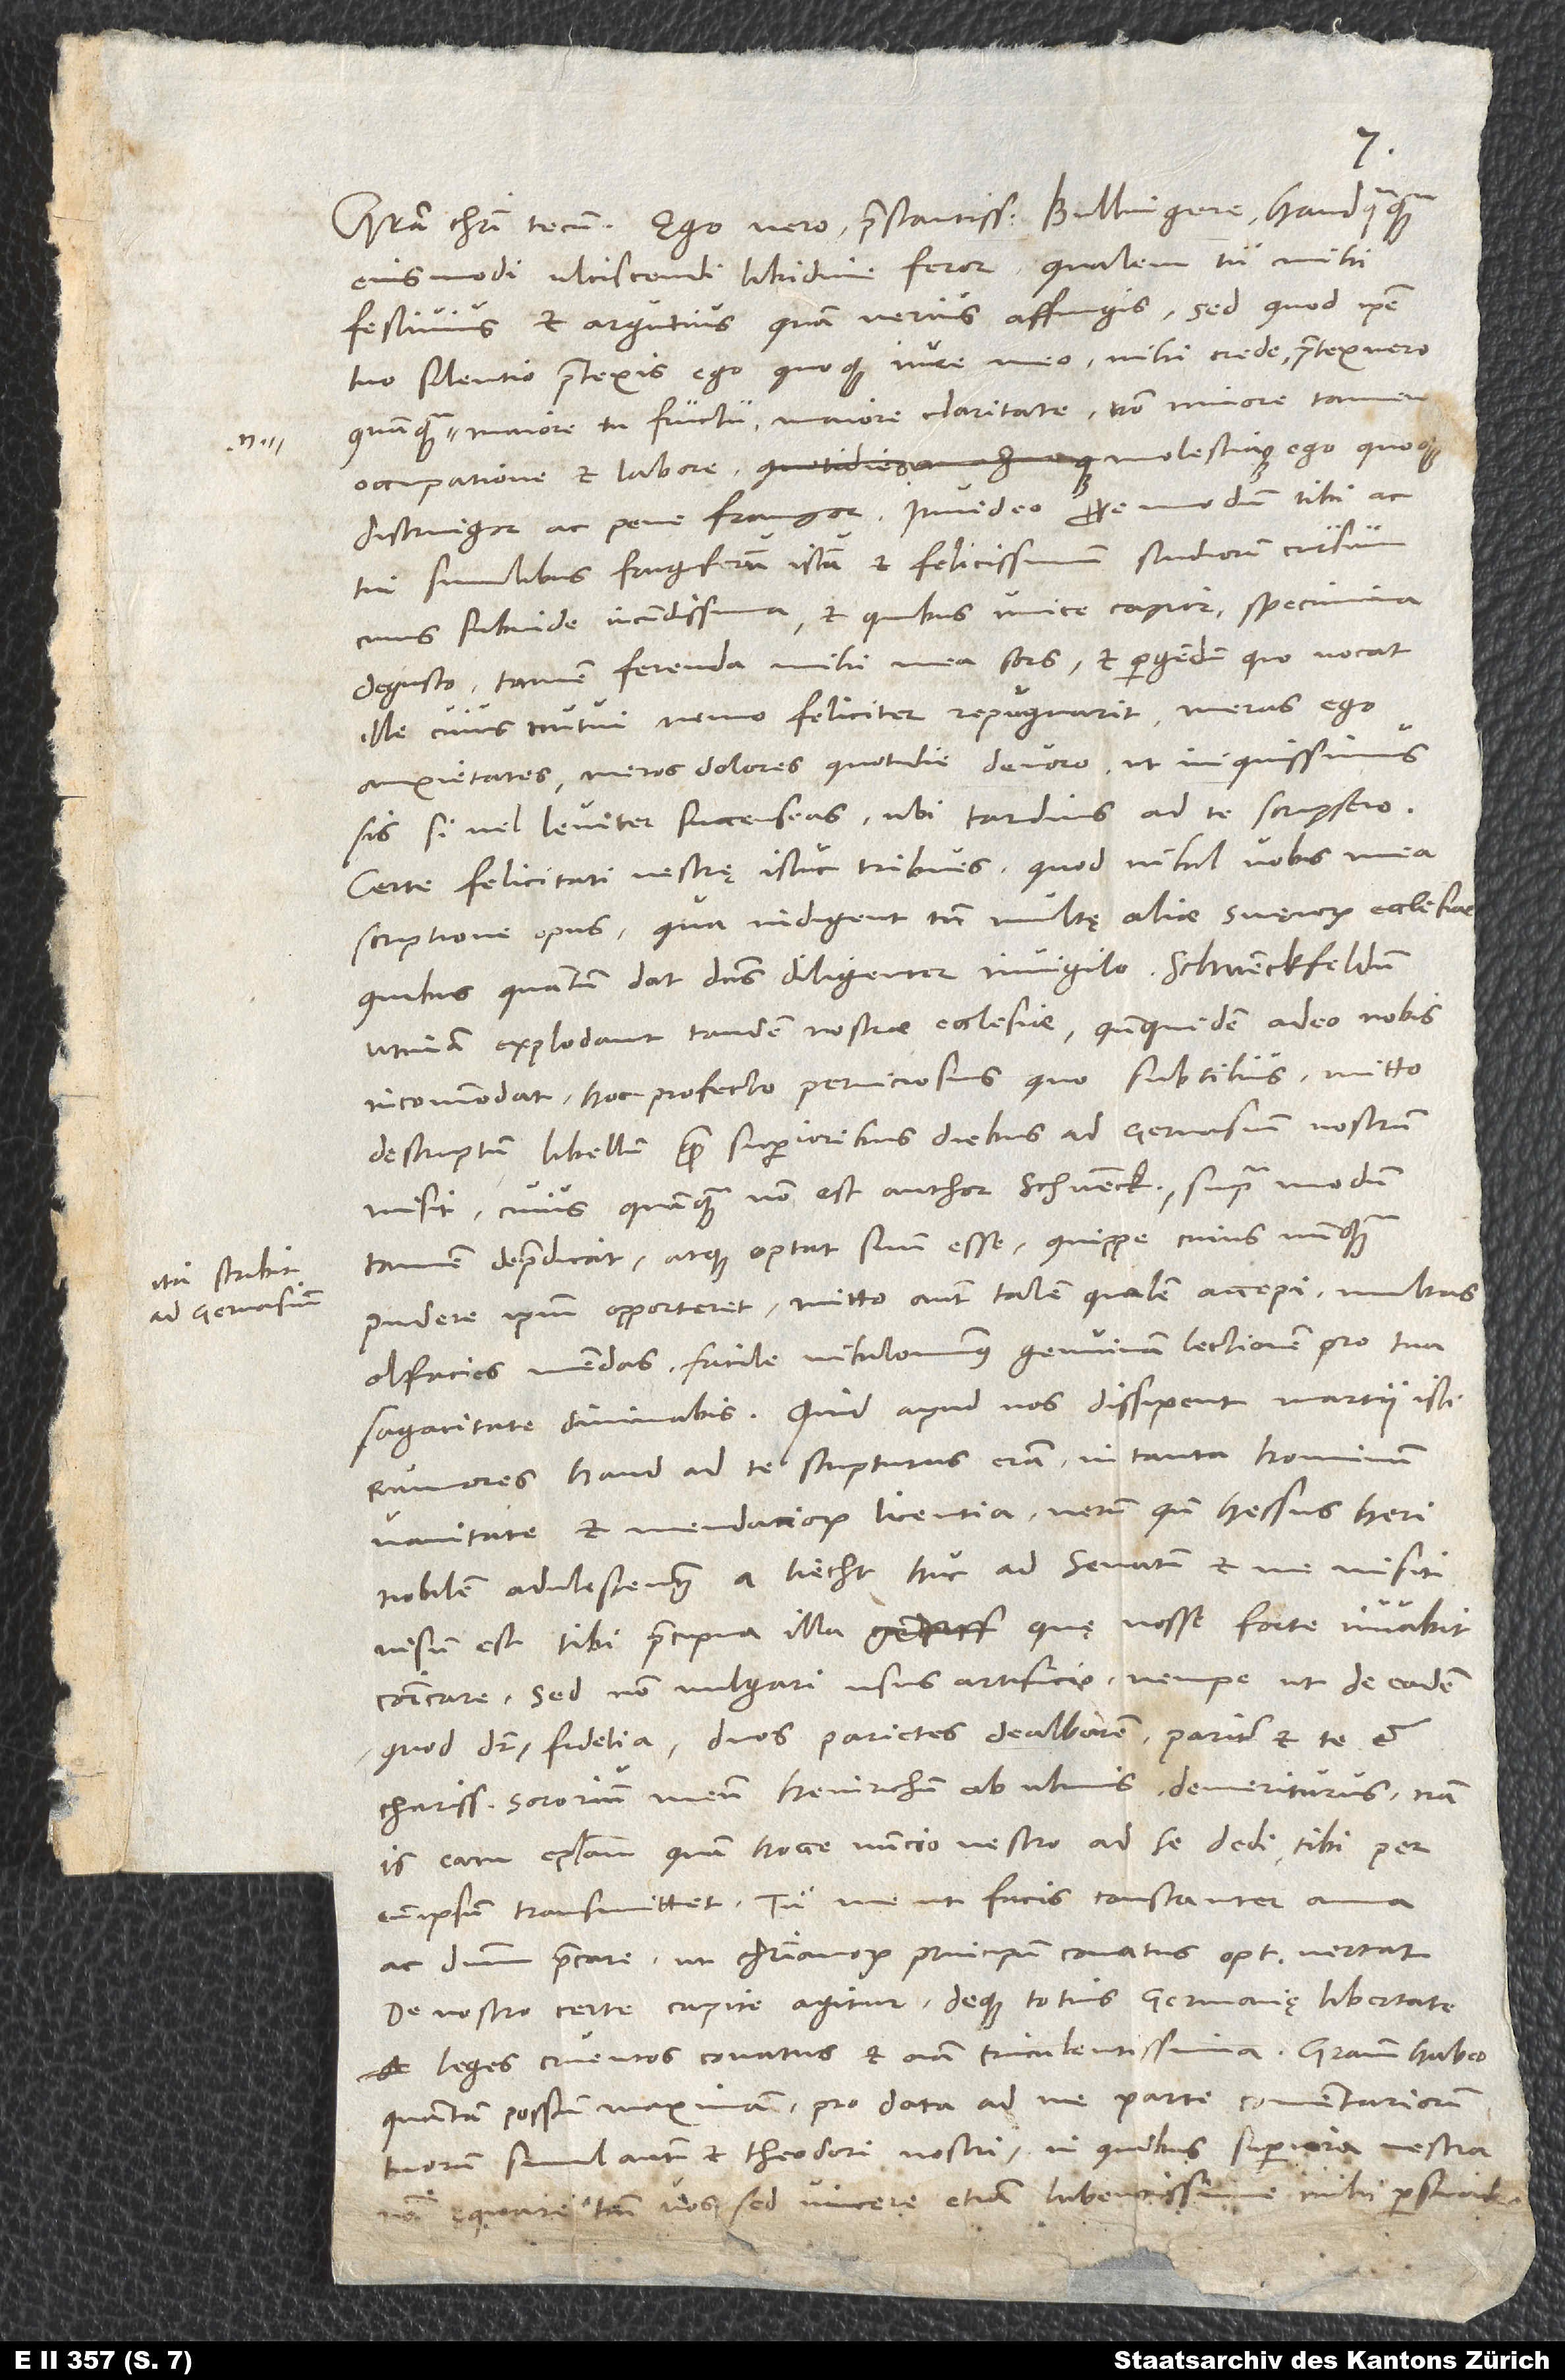
ad Gervasium

eiusmodi ulciscendi libidine feror, qualem tu mihi
festivius et argutius quam verius affingis. Sed quod ipse
tuo silentio praetexis, ego quoque iure meo, mihi crede, praetexuero.
Quamquam enim maiore tu fructu, maiore claritate, non minore tamen
occupatione et labore molestiaque ego quoque
distringor ac pene frangor. Invideo propemodum tibi ac
tui similibus frugiferum istum et felicissimum studiorum cursum,
cuius subinde iucundissima et quibus unice capior specimina
degusto. Tamen ferenda mihi mea sors et pergendum, quo vocat
ille, cuius nutui nemo feliciter repugnant. Meras ego
anxietates, meros dolores quotidie devoro, ut iniquissimus
si vel leviter succenseas, ubi tardius ad te scripsero.
Certe felicitati vestrę istuc tribues, quod nihil vobis mea
scriptione opus, qua indigent tam multę aliae Svevorum ecclesiae,
utinam explodant tandem nostrae ecclesiae! Quandoquidem adeo nobis
incommodat hoc profecto perniciosius quo subtilius. Mitto
descriptum libellum, quem superioribus diebus ad Gervasium nostrum
misit, cuius quamquam non est author Schvenckfeldus, supra modum
pudere ipsum opporteret. Mitto autem talem, qualem accepi. Multas
olfacies mendas, facile nihilominus genuinam lectionem pro tua
rumores, haud ad te scripturus eram in tanta hominum
vanitate et mendaciorum licentia. Verum quando Hessus heri
nobilem adulescentem a Liecht huc ad senatum et me misit,
visum est tibi praecipua illa, quę nosse forte iuvabit,
communicare, sed non vulgari usus artificio, nempe ut de eadem,
quod dicitur, fidelia duos parietes dealbarem pariter et te et
charissimum sororium meum Heinrichum ab Ulmis demeriturus. Nam
is eam epistolam, quam hocce nuncio vestro ad se dedi, tibi per
eum ipsum transmittet. Tu me, ut facis, constanter ama
ac dominum precare, ut christianorum principum conatus optime vertat.
De nostro certe capite agitur deque totius Germanię libertate.
Leges cruentos conatus et omnia truculentissima.
quantum possum maximam pro data ad me parte commentariorum
tuorum simul autem et Theodori, nostri, in quibus superiora vestra
non ęquare tantum vos, sed vincere etiam lubentissime mihi persuadeo.